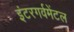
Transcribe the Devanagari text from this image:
इंटरगर्वमेंटल